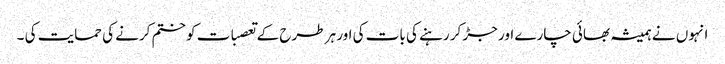
انہوں نے ہمیشہ بھائی چارے اور جڑ کر رہنے کی بات کی اور ہر طرح کے تعصبات کو ختم کرنے کی حمایت کی ۔